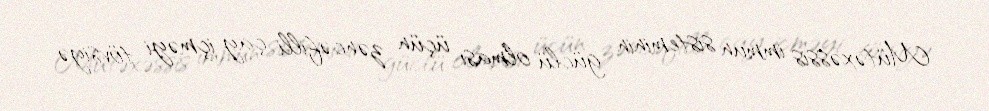
Mütəxəssis immun sisteminin güclü olması üçün zəncəfilli çay içməyi tövsiyə